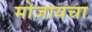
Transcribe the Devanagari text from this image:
मोजायचा